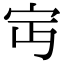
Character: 𡧍